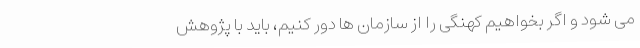
می شود و اگر بخواهیم کهنگی را از سازمان ها دور کنیم، باید با پژوهش